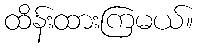
ထိန်းထားကြမယ်။